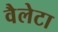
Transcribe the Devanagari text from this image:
वैलेटा